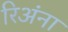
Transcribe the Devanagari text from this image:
रिअंना